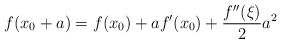
\begin{align*}f(x_0+a) = f(x_0) + af'(x_0) + \frac{f''(\xi)}{2} a^2\end{align*}